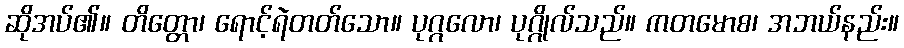
ဆိုအပ်၏။ တိတ္တော၊ ရောင့်ရဲတတ်သော။ ပုဂ္ဂလော၊ ပုဂ္ဂိုလ်သည်။ ကတမောစ၊ အဘယ်နည်း။